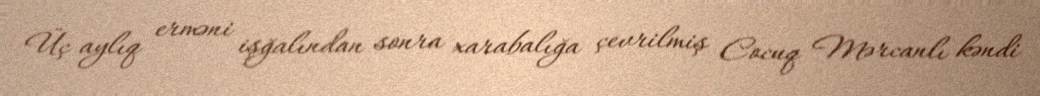
Üç aylıq erməni işğalından sonra xarabalığa çevrilmiş Cocuq Mərcanlı kəndi